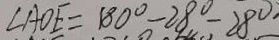
\angle A O E = 1 8 0 ^ { \circ } - 2 8 ^ { \circ } - 2 8 ^ { \circ }